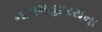
નાગમહાશયના